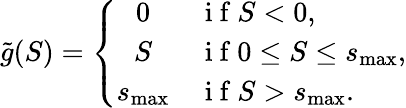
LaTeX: \tilde{g}(S)=\left\{ \begin{array}{cl}{0}&{\mathrm{~i~f~}S<0,}\\ {S}&{\mathrm{~i~f~}0\le S\le s_{\mathrm{max}},}\\ {s_{\mathrm{max}}}&{\mathrm{~i~f~}S>s_{\mathrm{max}}.}\end{array}\right.